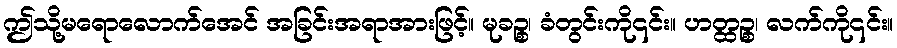
ဤသို့မရောလောက်အေင် အခြင်းအရာအားဖြင့်။ မုခဉ္စ၊ ခံတွင်းကို၎င်း။ ဟတ္ထဉ္စ၊ လက်ကို၎င်း။